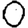
Digit: 0